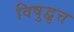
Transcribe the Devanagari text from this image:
विषुद्वृत्त